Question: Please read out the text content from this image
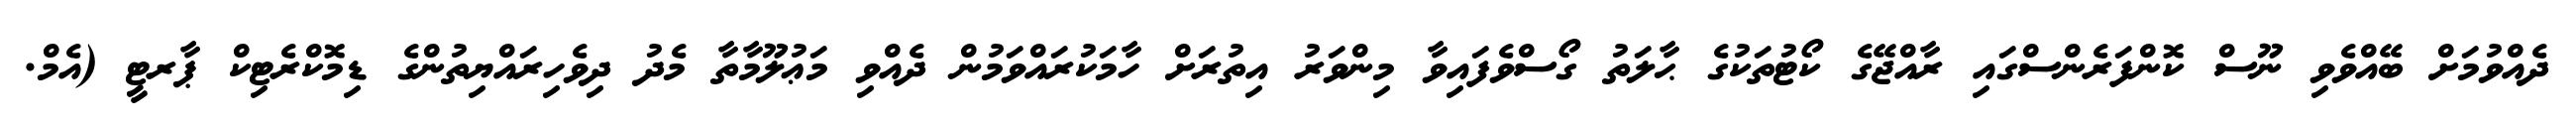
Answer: ދެއްވުމަށް ބޭއްވެވި ނޫސް ކޮންފަރެންސްގައި ރާއްޖޭގެ ކޯޓުތަކުގެ ޙާލަތު ގޯސްވެފައިވާ މިންވަރު އިތުރަށް ހާމަކުރައްވަމުން ދެއްވި މަޢުލޫމާތާ މެދު ދިވެހިރައްޔިތުންގެ ޑިމޮކްރެޓިކް ޕާރޓީ (އެމް.